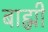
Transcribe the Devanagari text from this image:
बाह्मी